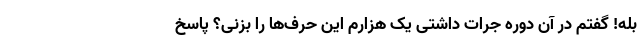
بله! گفتم در آن دوره جرات داشتی یک هزارم این حرف‌ها را بزنی؟ پاسخ